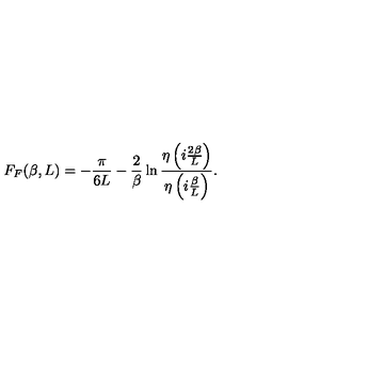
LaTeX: F _ { F } ( \beta , L ) = - \frac { \pi } { 6 L } - \frac { 2 } { \beta } \ln { \frac { \eta \left( i \frac { 2 \beta } { L } \right) } { \eta \left( i \frac { \beta } { L } \right) } } .